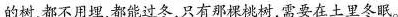
的树，都不用埋，都能过冬，只有那棵桃树，需要在土里冬眠。